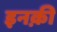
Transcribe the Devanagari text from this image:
इनक़ी